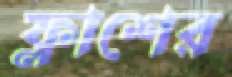
ফ্লাশের